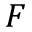
F